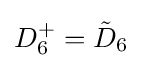
D_{6}^{+}={\tilde {D}}_{6}